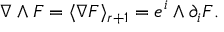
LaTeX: \nabla \wedge F = \langle \nabla F \rangle _ { r + 1 } = e ^ { i } \wedge \partial _ { i } F .